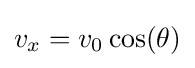
v_{x}=v_{0}\cos(\theta )